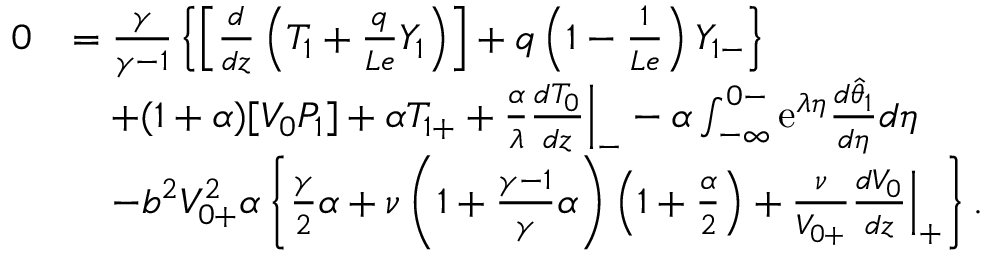
\begin{array} { r l } { 0 } & { = \frac { \gamma } { \gamma - 1 } \left\{ \left[ \frac { d } { d z } \left( T _ { 1 } + \frac { q } { L e } Y _ { 1 } \right) \right] + q \left( 1 - \frac { 1 } { L e } \right) Y _ { 1 - } \right\} } \\ & { \quad + ( 1 + \alpha ) [ V _ { 0 } P _ { 1 } ] + \alpha T _ { 1 + } + \frac { \alpha } { \lambda } \frac { d T _ { 0 } } { d z } \Big | _ { - } - \alpha \int _ { - \infty } ^ { 0 - } \mathrm { e } ^ { \lambda \eta } \frac { d \hat { \theta } _ { 1 } } { d \eta } d \eta } \\ & { \quad - b ^ { 2 } V _ { 0 + } ^ { 2 } \alpha \left\{ \frac { \gamma } { 2 } \alpha + \nu \left( 1 + \frac { \gamma - 1 } { \gamma } \alpha \right) \left( 1 + \frac { \alpha } { 2 } \right) + \frac { \nu } { V _ { 0 + } } \frac { d V _ { 0 } } { d z } \Big | _ { + } \right\} . } \end{array}